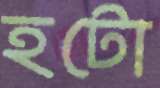
হটো